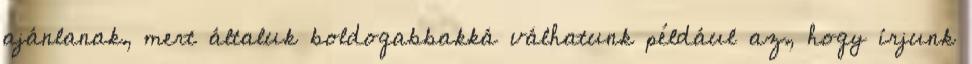
ajánlanak, mert általuk boldogabbakká válhatunk például az, hogy írjunk